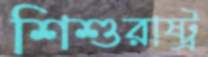
শিশুরাষ্ট্র